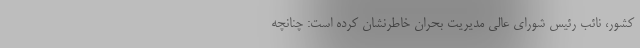
کشور، نائب رئیس شورای عالی مدیریت بحران خاطرنشان کرده است: چنانچه